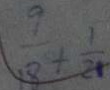
\frac { 9 } { 1 8 } + \frac { 1 } { 2 1 }